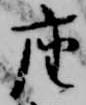
座